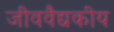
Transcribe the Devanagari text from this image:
जीववैद्यकीय